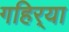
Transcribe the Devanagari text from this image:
गहिर्‍या